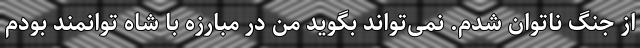
از جنگ ناتوان شدم. نمی‌تواند بگوید من در مبارزه با شاه توانمند بودم